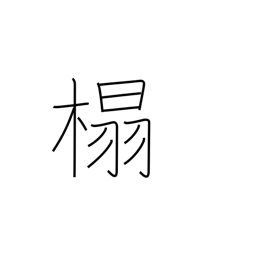
Meaning: chair